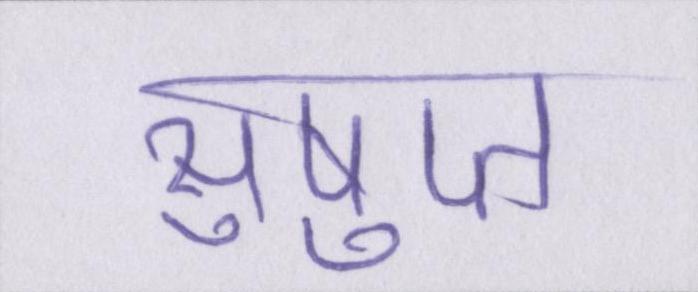
सुषुप्त